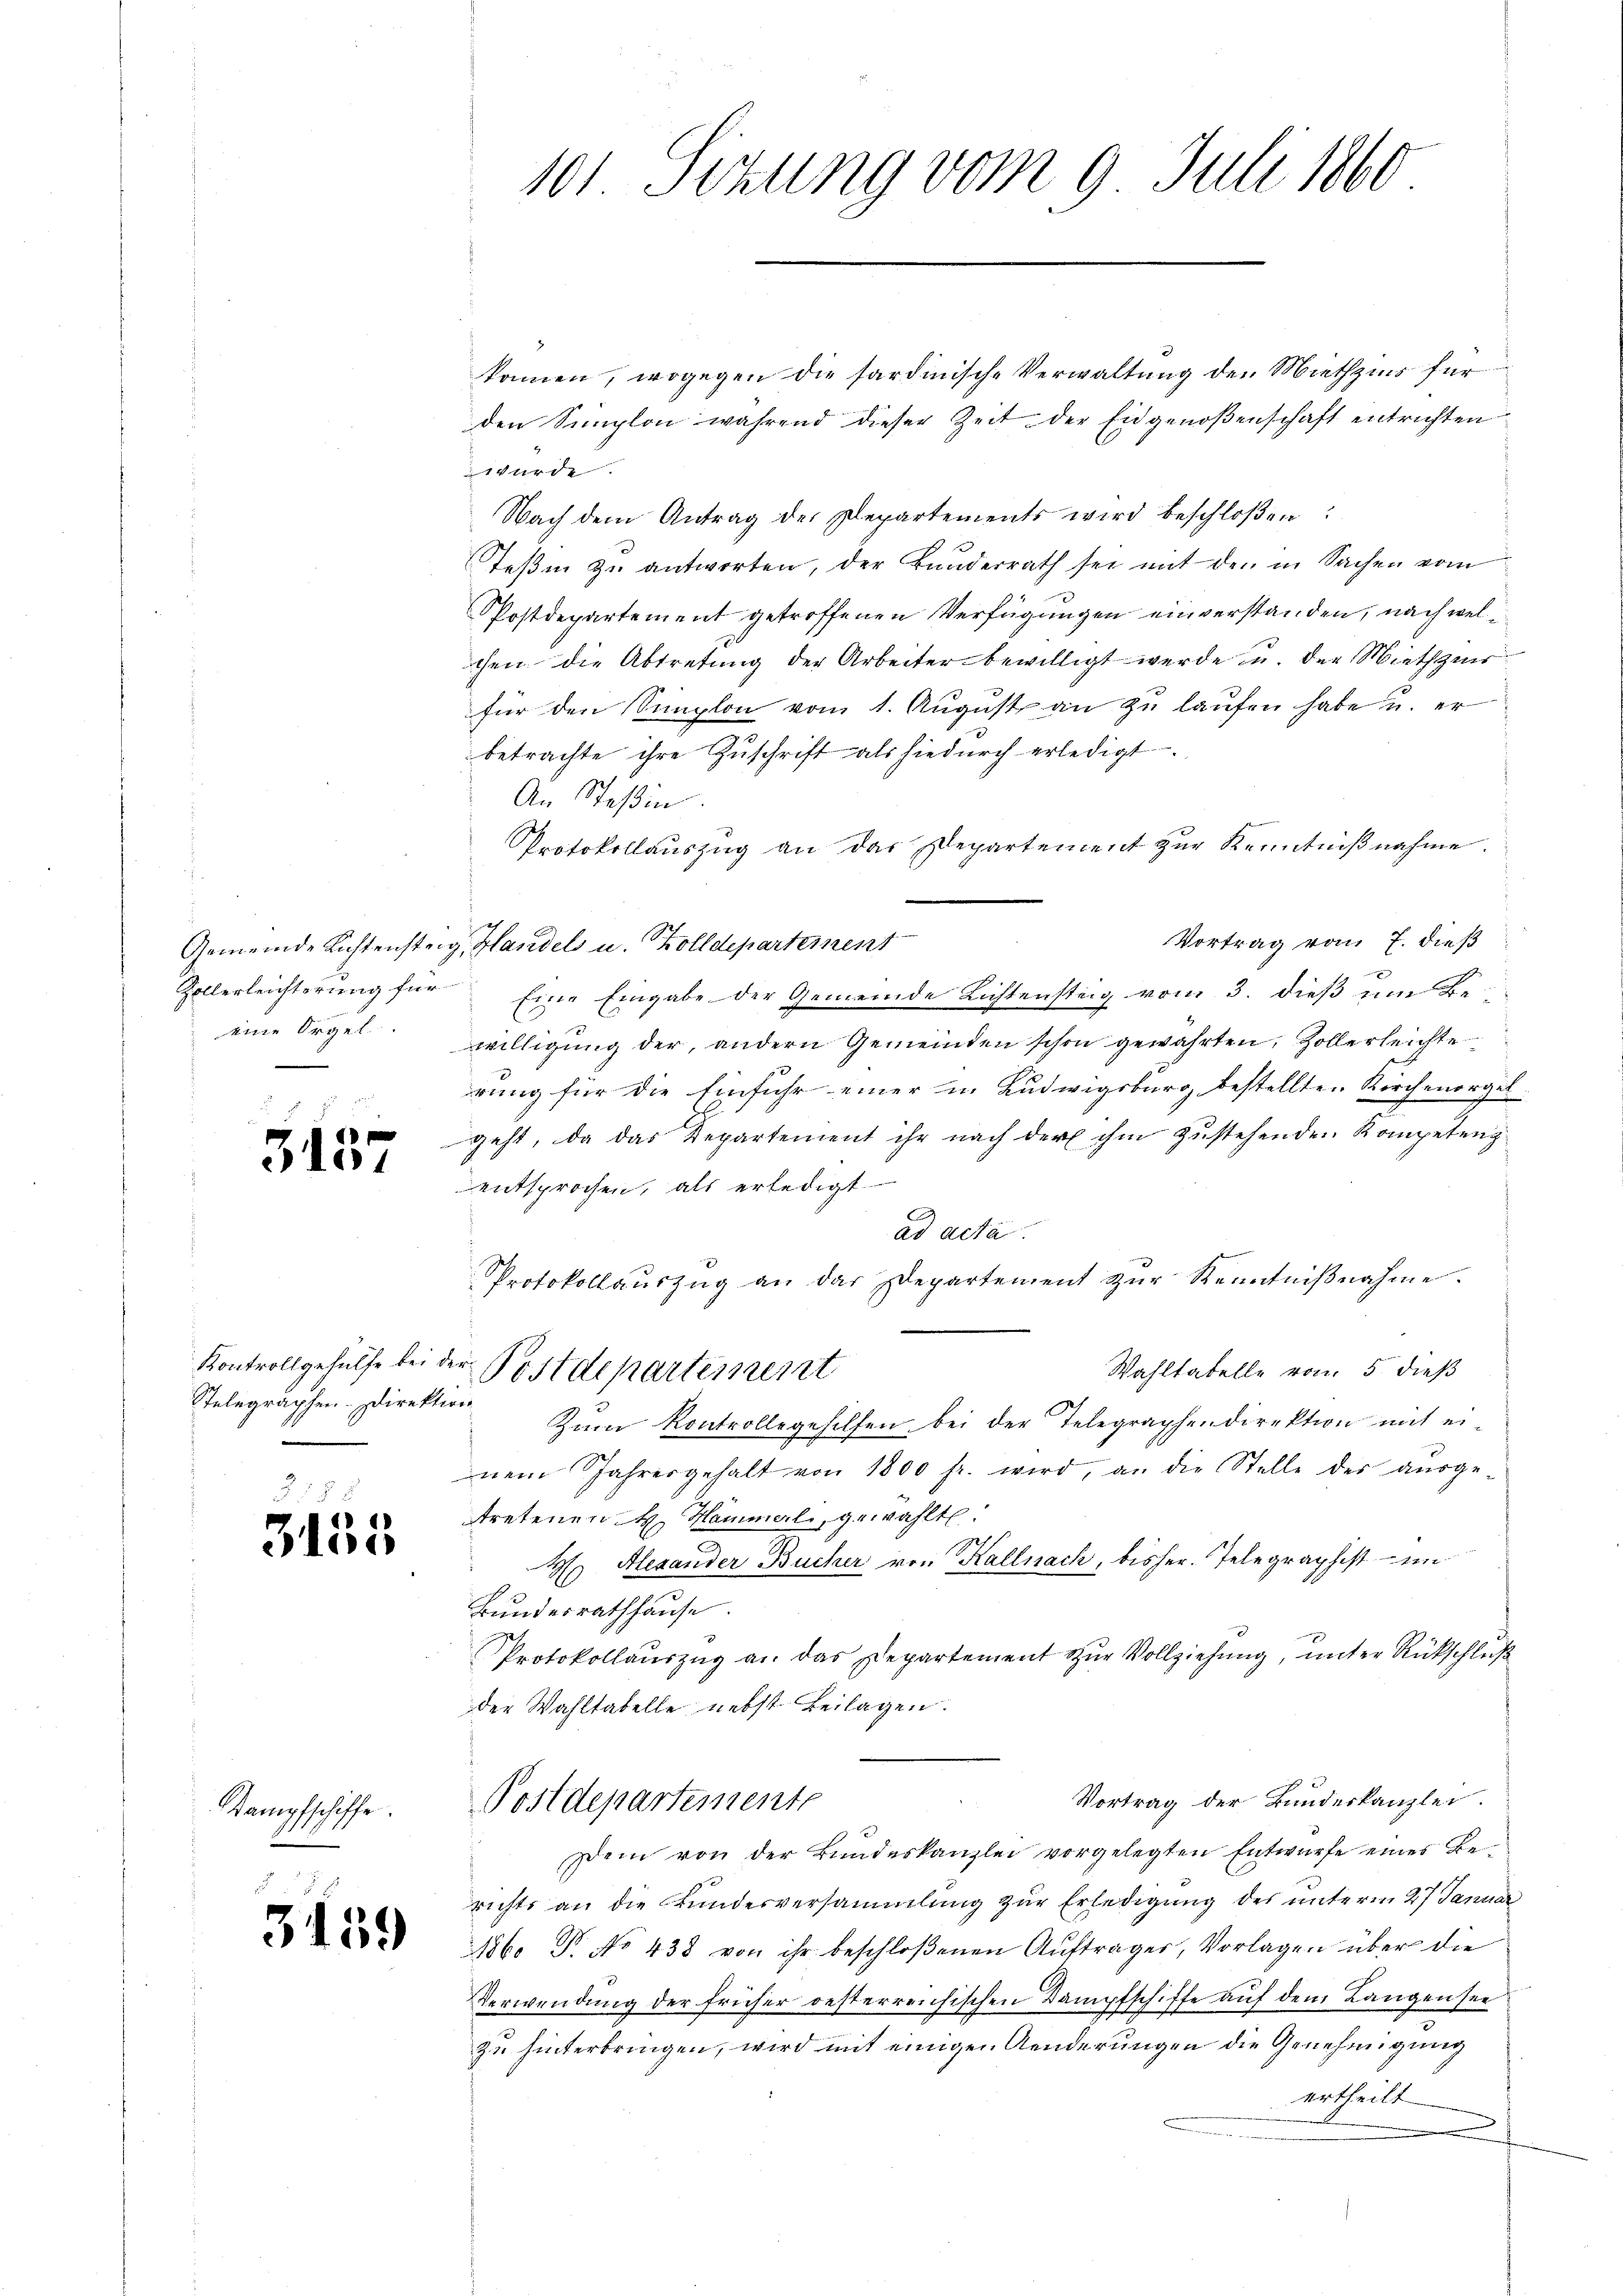
Gemeinde Lichtenstei
eine Orgel

5157

Telegraphen- Direktion
1

3155

Kampfschiffe.

3459

kommen, wogegen die sardinische Verwaltung den Miethzins für
den Simplon während dieser Zeit der Eidgenoßenschaft entrichten
Wurde.
Nach dem Antrag der Departements wird beschloßen:
Steßin zu antworten, der Bunderrath sei mit den in Sachen vom
Postdepartement getroffenen Verfügungen einverstanden, nach welchen die Abtretung der Arbeiter bewilligt werde u. der Miethzins
für den Simplon vom 1. Aŭgŭst an zu laufen habe u. er
betrachte ihre Zuschrift als hiedurch erledigt.
An Stein.
Protokollauszug an das Departement zur Kenntniβnahme.
Vortrag vom 7. dieß
g. Handels u. Zolldepartement
Zollerleichterung für Eine Eingabe der Gemeinde Lichtensteig vom 3. dieß im Be-
willigung der, andern Gemeinden schon gewährten, Zollerleichte
rung für die Einfuhr einer in Ludwigsburg bestellten Kirchenorgel
geht, da das Repartement ihr nach der ihm zustehenden Kompetenz
entsprochen, als erledigt.
ad acta.
Protokollaŭszŭg an der Departement zŭr Kenntniβnahme.
Kontrollgehülfe bei der Postdepartement
Wahltabelle vom 5 dieß
Zum Kontrollegehilfen bei der Telegraphendirektion mit ei-
nem Jahresgehalt von 1800 fr. wird, an die Stelle der aŭsge-
tretenen H. Hammel, gewählt:
H Alexander Bücher von Kallnach, bisher. Telegraphist – im
Bundesrathhause.
Protokollaŭszŭg an das Departement zŭr Vollziehung, unter Rückschluß
der Wahltabelle nebst Beilagen.
Vortrag der Bundeskanzlei.
Postdepartemente
Dem von der Bundeskanzlei vorgelegten Entwurfe eines Berichts an die Kundesversammlung zur Erledigung des unterm 27. Januar
186. Dr. No 438 von ihr beschloßenen Aŭftrager, Vorlagen über die
Verwendung der früher oesterreichischen Dampfschiffe auf dem Langensee
zu hinterbringen, wird mit einigen Aenderungen die Genehmigung
ertheilt |

101. Sizung vom 9. Juli 1860